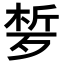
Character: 𣨗